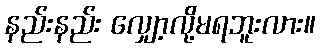
နည်းနည်း လျှော့လို့မရဘူးလား။